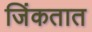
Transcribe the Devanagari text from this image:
जिंकतात